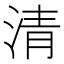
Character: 清